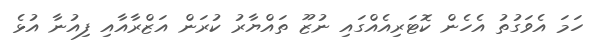
ހަމަ އެވަގުތު އެހެން ކޮޓަރިއެއްގައި ނުޒޫ ތައްޔާރު ކުރަން އަޒްރާއާއި ފިއުނާ އުޅެ